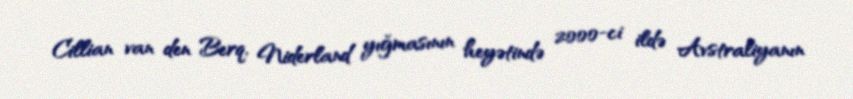
Cillian van den Berq, Niderland yığmasının heyətində 2000-ci ildə Avstraliyanın